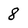
Character: 8